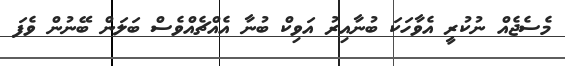
މެސެޖެއް ނުކުރީ އެވާހަކަ ބުނާއިރު އަވިކް ބުނާ އެއްޗެއްވެސް ބަލަން ބޭނުން ވެފަ